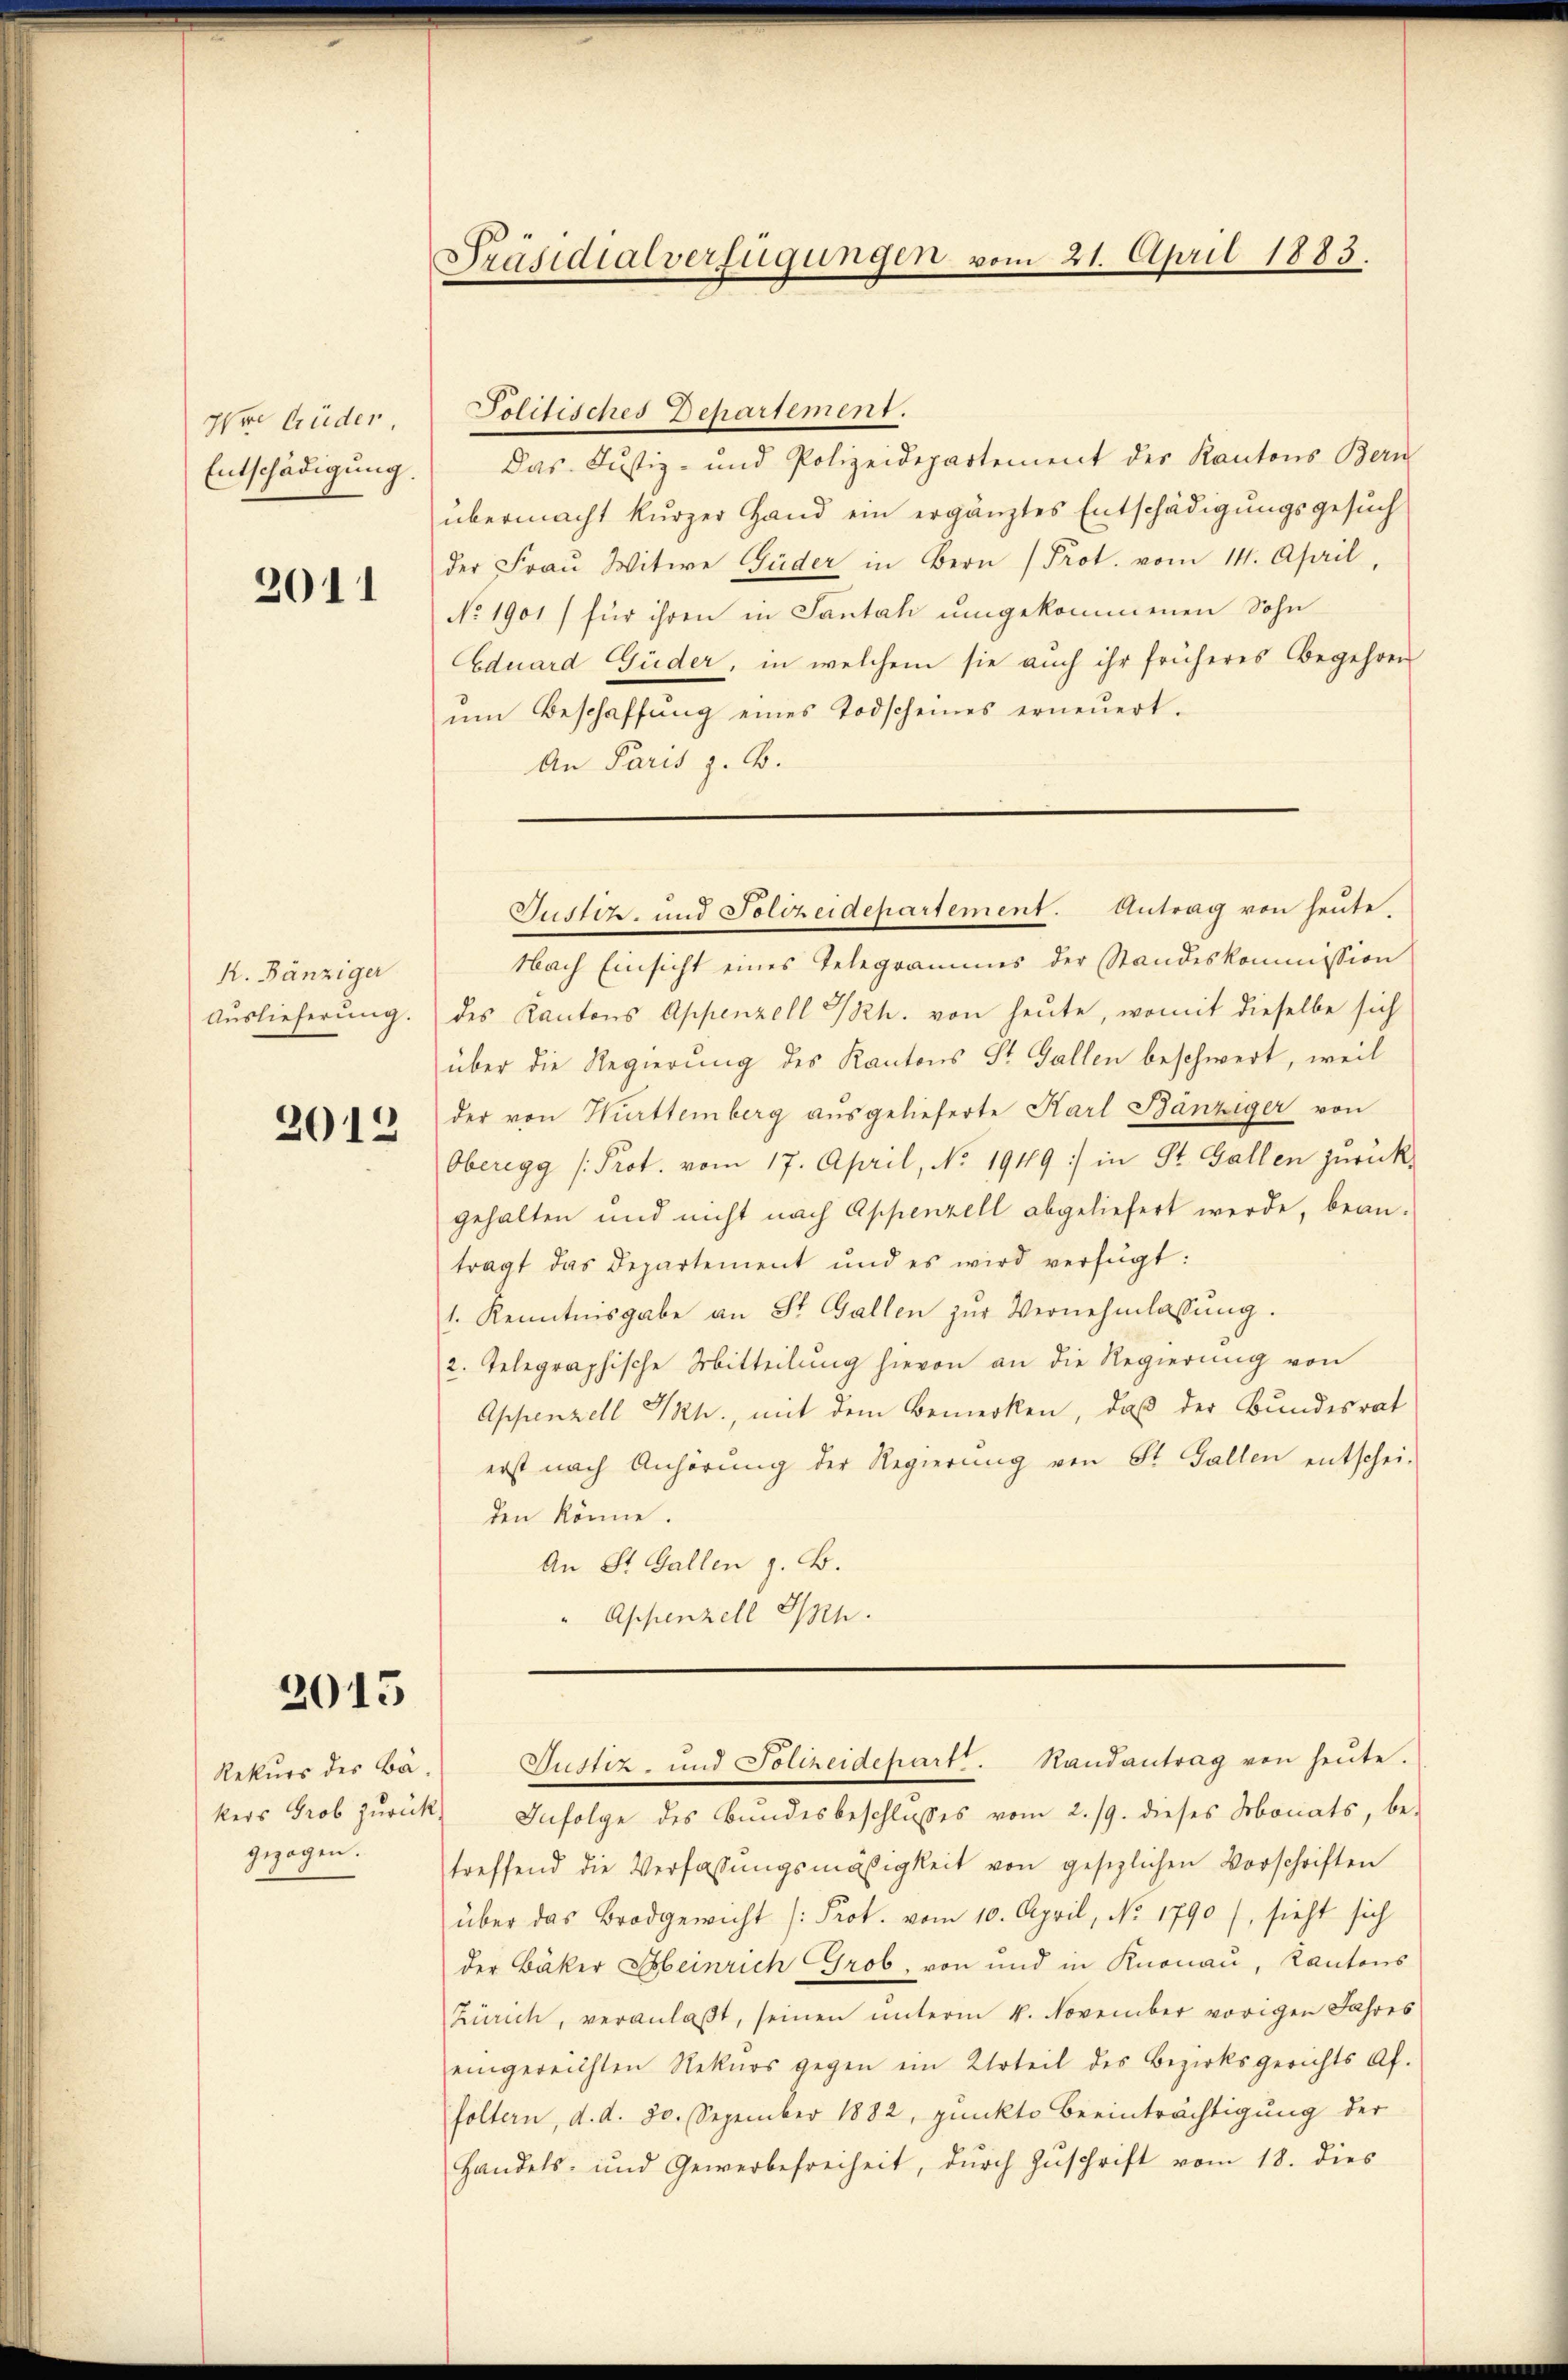
Ihre Brüder
Entschädigung.

2011

K. Bänziger
Auslieferung.

2012

2015

Nach Einsicht eines Telegrammes der Standeskommission
des Kantons Appenzell Th. von heute, womit dieselbe sich
über die Regierung des Kantons St. Gallen beschwert, weil
der von Württemberg ausgelieferte Karl Bänziger von
Oberegg (Prot. vom 17. April, No. 1919 :/ in St. Gallen zurück-
gehalten und nicht nach Appenzell abgeliefert werde, bean-
tragt das Departement und es wird verfügt:
1. Kenntnisgabe an St. Gallen zŭr Vernehmlassung.
2. Telegraphische Mitteilŭng hievon an die Regierŭng von
Appenzell SRh., mit dem Bemerken, daß der Bundesrat
erst nach Anhörung der Regierŭng von St. Gallen entschei-
den könne.
An St. Gallen z. B.
Appenzell I.

Politisches Departement.
Das Justiz- und Polizeidepartement des Kantons Bern
übermacht kŭrzer Hand ein ergänztes Entschädigŭngsgesŭch
der Fraŭ Witwe Güder in Bern (Prot. vom 14. April,
No 1901) für ihren in Santal umgekommenen Sohn
Eduard Güder, in welchem sie auch ihr früheres Begehren
ŭm Beschaffŭng eines Todscheines erneŭert.
An Paris z. B.

Rekurs des Bäkers Grob zurück
gezogen.

Präsidialverfügungen vom 21. April 1883.

Justiz- und Polizeidepartement. Antrag von heute.

Justiz- und Polizeidepart. Randantrag von heŭte.

Infolge des Bundesbeschlusses vom 2./9. dieses Monats, be-
treffend die Verfassŭngsmäßigkeit von gesezlichen Vorschriften
über das Brodgewicht (Prot. vom 10. April, No. 1790), sieht sich
der Bäker Erbeinrich Grob, von und in Knonau, Kantons
Zürich, veranlaßt, seinen unterm 4. November vorigen Jahres
eingereichten Rekurs gegen ein Urteil des Bezirksgerichts Af.
foltern, d. d. 20. Sezember 1882, pŭnkto Beeinträchtigung der
Handels- und Gewerbefreiheit, durch Zuschrift vom 18. dies